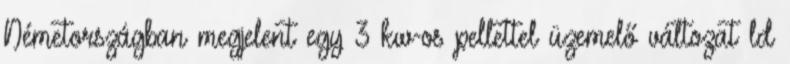
Németországban megjelent egy 3 kw-os pellettel üzemelő változat ld